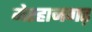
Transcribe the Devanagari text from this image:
मेरहानगढ़